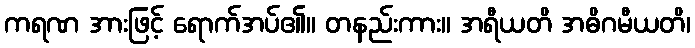
ကရဏ အားဖြင့် ရောက်အပ်၏။ တနည်းကား။ အရီယတိ အဓိဂမီယတိ၊